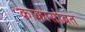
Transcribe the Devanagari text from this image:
काकासोबत